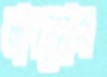
মাপজোগ